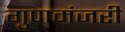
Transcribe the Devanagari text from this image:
गुणमंजरी